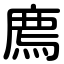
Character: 廌